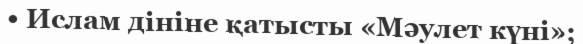
• Ислам дініне қатысты «Мәулет күні»;